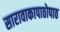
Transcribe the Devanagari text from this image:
सारावाकापाठोपाठ